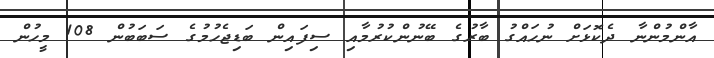
އާންމުންނާ ދެކޮޅަށް ނުހައްގު ބާރުގެ ބޭނުންކުރުމާއި ސިފައިން ބަޑިޖެހުމުގެ ސަބަބުން 108 މީހުން